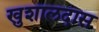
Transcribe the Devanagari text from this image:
खुशालदास